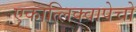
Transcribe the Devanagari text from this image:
एकात्लिक्वापेचो